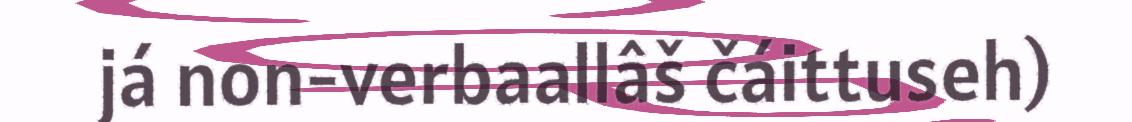
já non-verbaallâš čáittuseh)